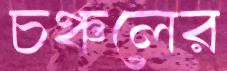
চঞ্চলের